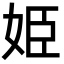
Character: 姫